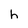
Character: h